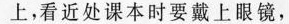
上，看近处课本时要戴上眼镜，